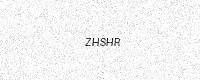
Text: ZHSHR